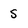
Character: 5